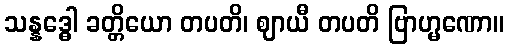
သန္နဒ္ဓေါ ခတ္တိယော တပတိ၊ ဈာယီ တပတိ ဗြာဟ္မဏော။